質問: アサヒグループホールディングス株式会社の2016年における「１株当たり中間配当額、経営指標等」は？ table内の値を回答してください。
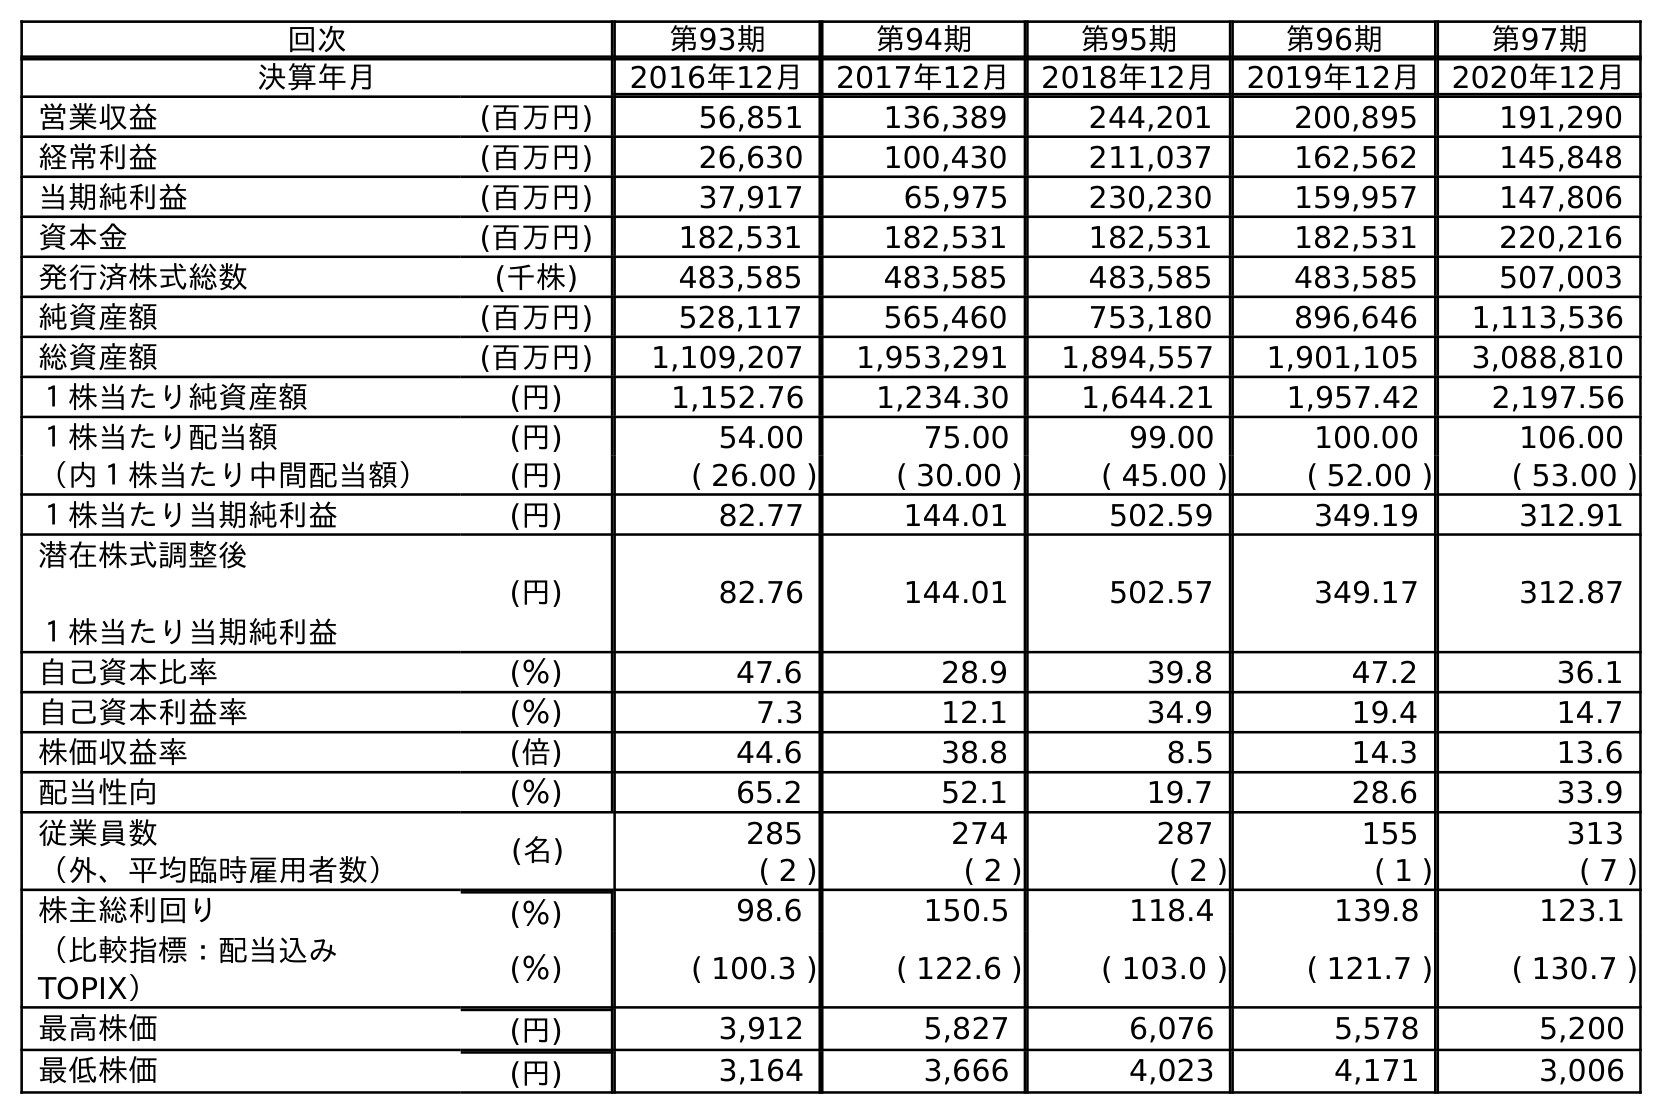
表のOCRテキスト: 回次 第93期 第94期 第95期 第96期 第97期 決算年月 2016年12月 2017年12月 2018年12月 2019年12月 2020年12月 営業収益 (百万円) 56,851 136,389 244,201 200,895 191,290 経常利益 (百万円) 26,630 100,430 211,037 162,562 145,848 当期純利益 (百万円) 37,917 65,975 230,230 159,957 147,806 資本金 (百万円) 182,531 182,531 182,531 182,531 220,216 発行済株式総数 (千株) 483,585 483,585 483,585 483,585 507,003 純資産額 (百万円) 528,117 565,460 753,180 896,646 1,113,536 総資産額 (百万円) 1,109,207 1,953,291 1,894,557 1,901,105 3,088,810 １株当たり純資産額 (円) 1,152.76 1,234.30 1,644.21 1,957.42 2,197.56 １株当たり配当額 (円) 54.00 75.00 99.00 100.00 106.00 （内１株当たり中間配当額） (円) ( 26.00 ) ( 30.00 ) ( 45.00 ) ( 52.00 ) ( 53.00 ) １株当たり当期純利益 (円) 82.77 144.01 502.59 349.19 312.91 潜在株式調整後 １株当たり当期純利益 (円) 82.76 144.01 502.57 349.17 312.87 自己資本比率 (％) 47.6 28.9 39.8 47.2 36.1 自己資本利益率 (％) 7.3 12.1 34.9 19.4 14.7 株価収益率 (倍) 44.6 38.8 8.5 14.3 13.6 配当性向 (％) 65.2 52.1 19.7 28.6 33.9 従業員数 (名) 285 274 287 155 313 （外、平均臨時雇用者数） ( 2 ) ( 2 ) ( 2 ) ( 1 ) ( 7 ) 株主総利回り (％) 98.6 150.5 118.4 139.8 123.1 （比較指標：配当込み TOPIX） (％) ( 100.3 ) ( 122.6 ) ( 103.0 ) ( 121.7 ) ( 130.7 ) 最高株価 (円) 3,912 5,827 6,076 5,578 5,200 最低株価 (円) 3,164 3,666 4,023 4,171 3,006
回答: (26.00)